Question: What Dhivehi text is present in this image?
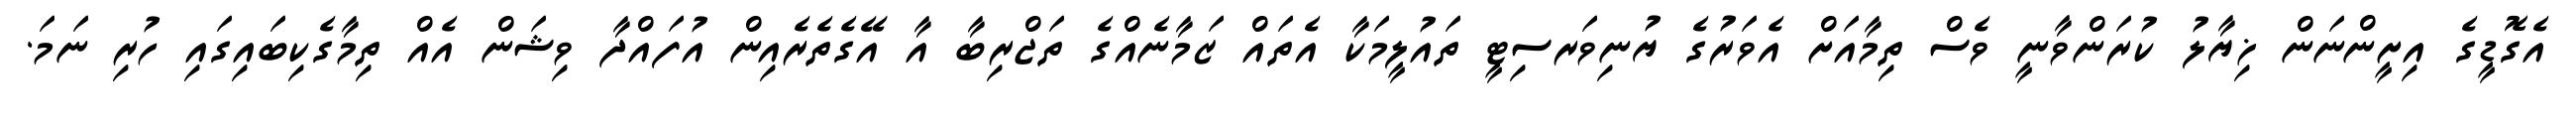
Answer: އެގޮޑީގެ އިށީންނަން ޚިޔާލު ކުރަންވާނީ ވެސް ތިމާއަށް އެވަރުގެ ޔުނިވަރސިޓީ ތައުލީމަކާ އެތައް ޒަމާނެއްގެ ތަޖްރިބާ އާ އޭގެތެރެއިން އުފައްދާ ވިޝަން އެއް ތިމާގެކިބައިގައި ހުރި ނަމަ.